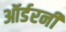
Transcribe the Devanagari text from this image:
ऑर्डरनी